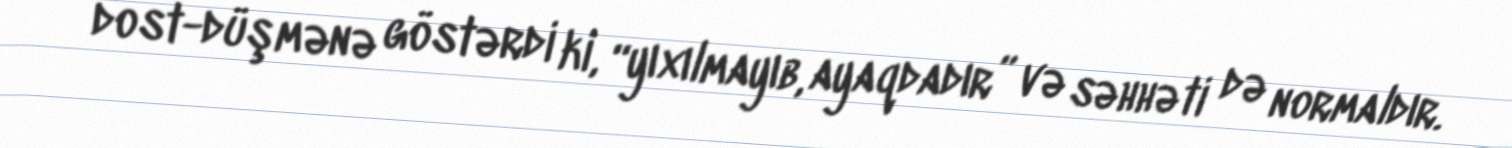
dost-düşmənə göstərdi ki, “yıxılmayıb, ayaqdadır” və səhhəti də normaldır.